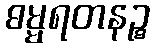
ဓမ္မရတနဉ္စ